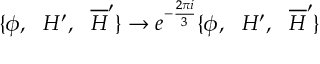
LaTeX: \{ \phi , \, \, \, \, H ^ { \prime } , \, \, \, \, \overline { { { H } } } ^ { \prime } \} \rightarrow e ^ { - \frac { 2 \pi i } { 3 } } \{ \phi , \, \, \, \, H ^ { \prime } , \, \, \, \, \overline { { { H } } } ^ { \prime } \}